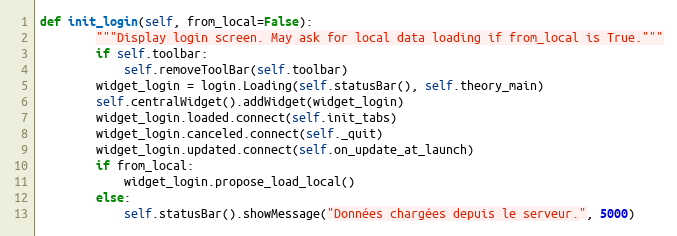
Language: Python
def init_login(self, from_local=False):
        """Display login screen. May ask for local data loading if from_local is True."""
        if self.toolbar:
            self.removeToolBar(self.toolbar)
        widget_login = login.Loading(self.statusBar(), self.theory_main)
        self.centralWidget().addWidget(widget_login)
        widget_login.loaded.connect(self.init_tabs)
        widget_login.canceled.connect(self._quit)
        widget_login.updated.connect(self.on_update_at_launch)
        if from_local:
            widget_login.propose_load_local()
        else:
            self.statusBar().showMessage("Données chargées depuis le serveur.", 5000)